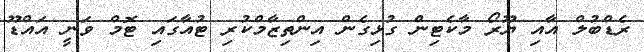
ރެޑްބުލް އާއި ޔޫރޯ މާކެޓިން ގުޅިގެން އިންތިޒާމްކުރި ޓުއާގައި ޓޮމް ވަނީ އައްޑޫ